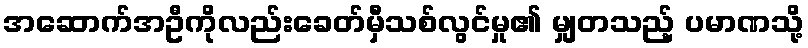
အဆောက်အဦကိုလည်းခေတ်မှီသစ်လွင်မှု၏ မျှတသည့် ပမာဏသို့